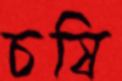
চষি